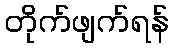
တိုက်ဖျက်ရန်